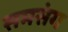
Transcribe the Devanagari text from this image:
समसंग